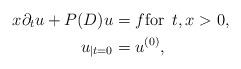
LaTeX: \begin{align*}x \partial_t u + P(D) u &= f \mbox{for } \, t, x > 0, \\u_{|t = 0} &= u^{(0)},\end{align*}